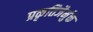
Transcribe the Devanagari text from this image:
प्रकृतिजैर्मुक्तं